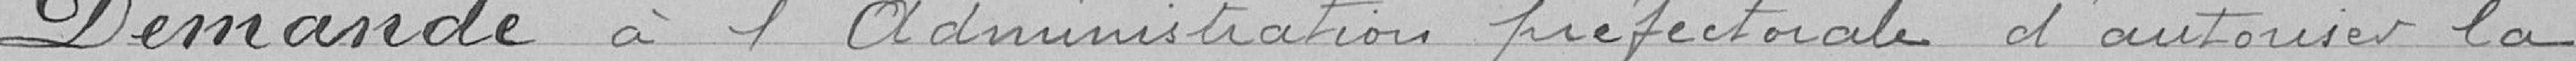
Demande à l'administration préfectorale d'autoriser la